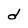
Character: d